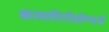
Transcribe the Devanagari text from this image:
कामगिरीप्रीत्यर्थ